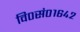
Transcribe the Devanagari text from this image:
वि०सं०१६४२